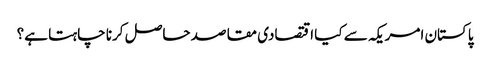
پاکستان امریکہ سے کیا اقتصادی مقاصد حاصل کرنا چاہتا ہے؟